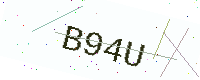
Text: B94U